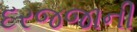
દરજજાની